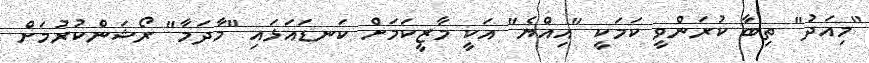
"މިއަދު" ތިބާ ކުރަންވީ ކަމަކީ "އިއްޔެ" އަކީ މާޒީކަމަށް ކަނޑައަޅައި "މާދަމާ" ރޯޝަންކުރުމަށް